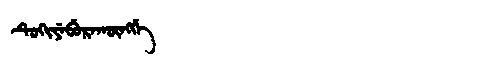
Manchu: ᡨᡠᡴᡳᠶᡝᠪᡠᡵᠠᡴᡡᠩᡤᡝ
Romanization: TUKIYEBURAKŪNGGE